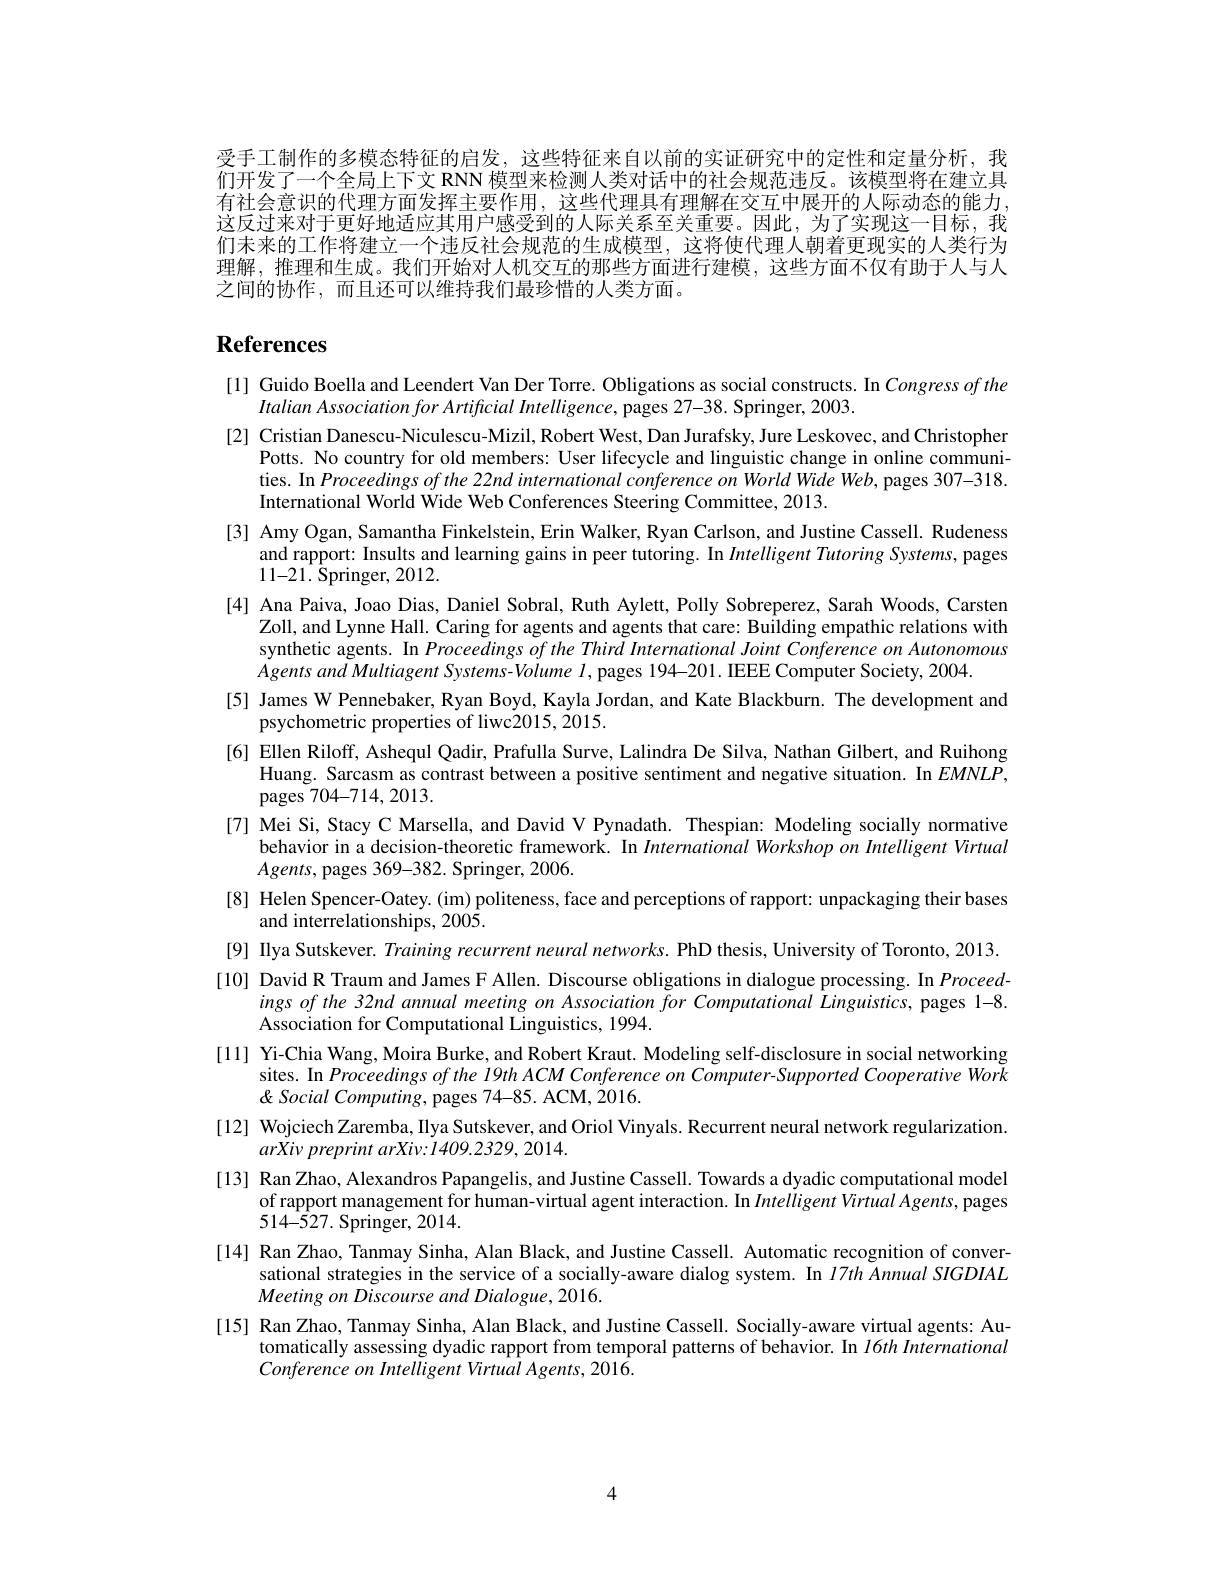
受手工制作的多模态特征的启发，这些特征来自以前的实证研究中的定性和定量分析，我们开发了一个全局上下文 RNN 模型来检测人类对话中的社会规范违反。该模型将在建立具有社会意识的代理方面发挥主要作用，这些代理具有理解在交互中展开的人际动态的能力这反过来对于更好地适应其用户感受到的人际关系至关重要。因此，为了实现这一目标，我们未来的工作将建立一个违反社会规范的生成模型，这将使代理人朝着更现实的人类行为理解，推理和生成。我们开始对人机交互的那些方面进行建模，这些方面不仅有助于人与人之间的协作，而且还可以维持我们最珍惜的人类方面。

# References

[1] Guido Boella and Leendert Van Der Torre. Obligations as social constructs. In Congress of the
Italian Association for Artificial Intelligence, pages 27-38. Springer, 2003.
[2] Cristian Danescu-Niculescu-Mizil, Robert West, Dan Jurafsky, Jure Leskovec, and Christopher
Potts. No country for old members: User lifecycle and linguistic change in online communities. In Proceedings of the 22nd international conference on World Wide Web, pages 307-318. International World Wide Web Conferences Steering Committee, 2013.
[3] Amy Ogan, Samantha Finkelstein, Erin Walker, Ryan Carlson, and Justine Cassell. Rudeness
and rapport: Insults and learning gains in peer tutoring. In Intelligent Tutoring Systems, pages
11-21. Springer, 2012.
[4] Ana Paiva, Joao Dias, Daniel Sobral, Ruth Aylett, Polly Sobreperez, Sarah Woods, Carsten
Zoll, and Lynne Hall. Caring for agents and agents that care: Building empathic relations with synthetic agents. In Proceedings of the Third International Joint Conference on Autonomous $AgentsandMultiagentSystems-Volume~l$, pages 194-201. IEEE Computer Society, 2004.
[5] James W Pennebaker, Ryan Boyd, Kayla Jordan, and Kate Blackburn. The development and
psychometric properties of liwc2015, 2015.
[6] Ellen Riloff, Ashequl Qadir, Prafulla Surve, Lalindra De Silva, Nathan Gilbert, and Ruihong
Huang. Sarcasm as contrast between a positive sentiment and negative situation. In $EMNLP$,
${\mathrm{pages~704-714,2013.}}$
[7] Mei Si, Stacy C Marsella, and David V Pynadath. Thespian: Modeling socially normative
behavior in a decision-theoretic framework. In International Workshop on Intelligent Virtual
$Agents$, pages 369-382. Springer, 2006.
[8] Helen Spencer-Oatey.(im) politeness, face and perceptions of rapport: unpackaging their bases
and interrelationships, 2005.
[9] Ilya Sutskever. Training recurrent neural networks. PhD thesis, University of Toronto, 2013. [10] David R Traum and James F Allen. Discourse obligations in dialogue processing. In Proceed-
ings of the 32nd annual meeting on Association for Computational Linguistics, pages 1-8.
Association for Computational Linguistics, 1994.
[11] Yi-Chia Wang, Moira Burke, and Robert Kraut. Modeling self-disclosure in social networking
sites. In Proceedings of the 19th ACM Conference on Computer-Supported Cooperative Work
$\&$ Social Computing, pages 74-85. ACM, 2016.
[12] Wojciech Zaremba, Ilya Sutskever, and Oriol Vinyals. Recurrent neural network regularization.
$arXivpreprintarXiv:1409.2329,2014.$
[13] Ran Zhao, Alexandros Papangelis, and Justine Cassell. Towards a dyadic computational model
of rapport management for human-virtual agent interaction. In $Intelligent\textit{Virtual Agents,  pages}$
$514-\bar{5}27.$ Springer, 2014.
[14] Ran Zhao, Tanmay Sinha, Alan Black, and Justine Cassell. Automatic recognition of conver-
sational strategies in the service of a socially-aware dialog system. In $17th\tilde{A}nnualSIGDIAL$
Meeting on Discourse and Dialogue, 2016
[15] Ran Zhao, Tanmay Sinha, Alan Black, and Justine Cassell. Socially-aware virtual agents: Au-
tomatically assessing dyadic rapport from temporal patterns of behavior. In $l6th$ International
Conference on Intelligent Virtual Agents, 2016.

4